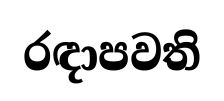
රඳාපවති